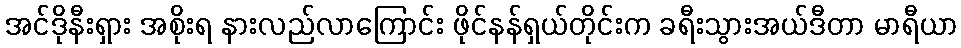
အင်ဒိုနီးရှား အစိုးရ နားလည်လာကြောင်း ဖိုင်နန်ရှယ်တိုင်းက ခရီးသွားအယ်ဒီတာ မာရီယာ